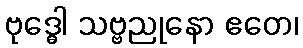
ဗုဒ္ဓေါ သဗ္ဗညုနော ဧတေ၊